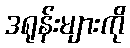
ဒရုန်းများကို